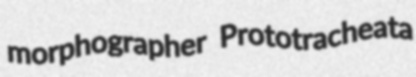
morphographer Prototracheata